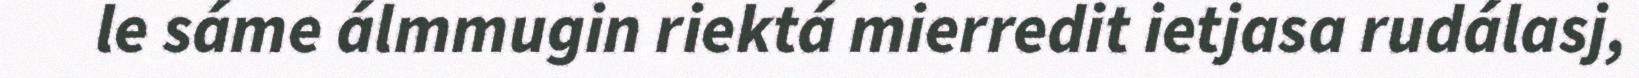
le sáme álmmugin riektá mierredit ietjasa rudálasj,